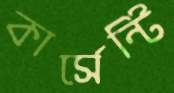
কার্সেন্টি